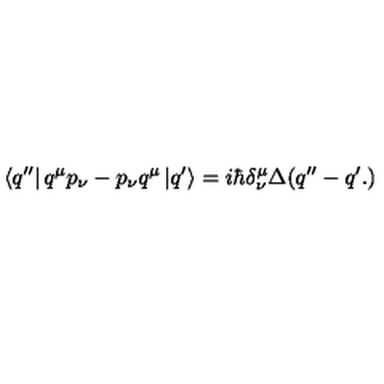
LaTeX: \left\langle q ^ { \prime \prime } \right| q ^ { \mu } p _ { \nu } - p _ { \nu } q ^ { \mu } \left| q ^ { \prime } \right\rangle = i \hbar \delta _ { \nu } ^ { \mu } \Delta ( q ^ { \prime \prime } - q ^ { \prime } . )